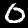
Label: 0